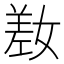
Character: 𫶯